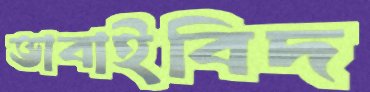
ভাবাইবিদ